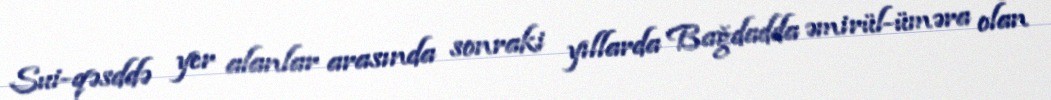
Sui-qəsddə yer alanlar arasında sonraki yıllarda Bağdadda əmirül-üməra olan